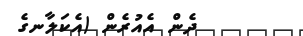
ދެން އެއުރެން (އެކަލާނގެ